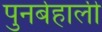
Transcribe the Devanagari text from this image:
पुनर्बहाली